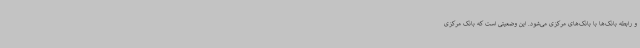
و رابطه بانک‌ها با بانک‌های مرکزی می‌شود. این وضعیتی است که بانک مرکزی